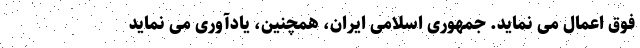
فوق اعمال می نماید. جمهوری اسلامی ایران، همچنین، یادآوری می نماید